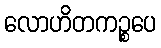
လောဟိတကဉ္စပေ